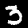
Digit: 3